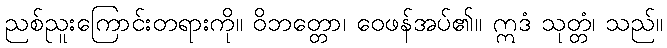
ညစ်ညူးကြောင်းတရားကို။ ဝိဘတ္တော၊ ဝေဖန်အပ်၏။ ဣဒံ သုတ္တံ၊ သည်။